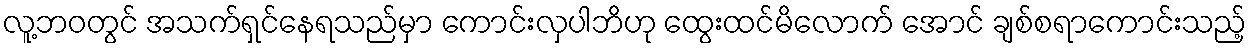
လူ့ဘဝတွင် အသက်ရှင်နေရသည်မှာ ကောင်းလှပါဘိဟု ထွေးထင်မိလောက် အောင် ချစ်စရာကောင်းသည့်